Problem: 7 × 3 = ?
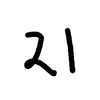
Handwritten answer: 21